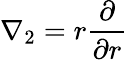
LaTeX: \nabla_{2}=r\frac{\partial}{\partial r}